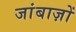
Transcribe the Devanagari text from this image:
जांबाज़ों